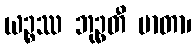
ယဉ္စဿ ဘုဉ္ဖတီ မာတာ၊